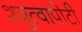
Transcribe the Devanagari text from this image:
शत्रुत्वापोटी